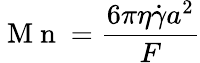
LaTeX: \mathrm{~M~n~}=\frac{6\pi\eta\dot{\gamma}a^{2}}{F}